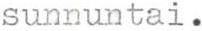
sunnuntai.